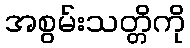
အစွမ်းသတ္တိကို